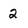
Character: 2